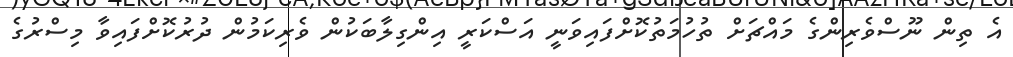
އެ ތިން ނޫސްވެރިންގެ މައްޗަށް ތުހުމަތުކޮށްފައިވަނީ އަސްކަރީ އިންގިލާބަކުން ވެރިކަމުން ދުރުކޮށްފައިވާ މިސްރުގެ